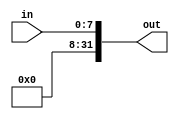
module SignExtEXC(in, out);

input [7:0] in;

output [31:0] out;

assign out[31:8] = 24'd0;

assign out[7:0] = in;

endmodule